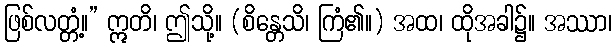
ဖြစ်လတ္တံ့။” ဣတိ၊ ဤသို့။ (စိန္တေသိ၊ ကြံ၏။) အထ၊ ထိုအခါ၌။ အဿာ၊